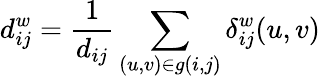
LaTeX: d_{ij}^{w}=\frac{1}{d_{ij}}\sum_{(u,v)\in g(i,j)}\delta_{ij}^{w}(u,v)